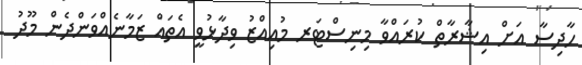
ހާދިސާ އަށް އިޝާރާތް ކުރައްވާ މިނިސްޓަރ މުއިއްޒު ވިދާޅުވީ އެތައް ޒަމާނެއްވަންދެން މޫދު